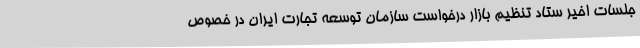
جلسات اخیر ستاد تنظیم بازار درخواست سازمان توسعه تجارت ایران در خصوص